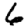
Digit: 6